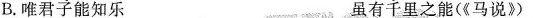
B.唯君子能知乐 虽有千里之能(《马说》)